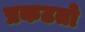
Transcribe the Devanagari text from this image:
प्रकटतो